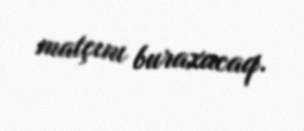
matçını buraxacaq.